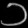
Digit: ၁